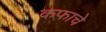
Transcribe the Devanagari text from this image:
कफाचे